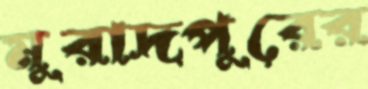
মুরাদপুরের